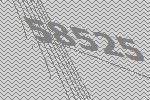
58525